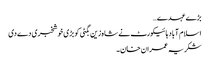
بڑے عہدے…
اسلام آباد ہائیکورٹ نے شاہ زین بگٹی کو بڑی خوشخبری دے دی
شکریہ عمران خان۔